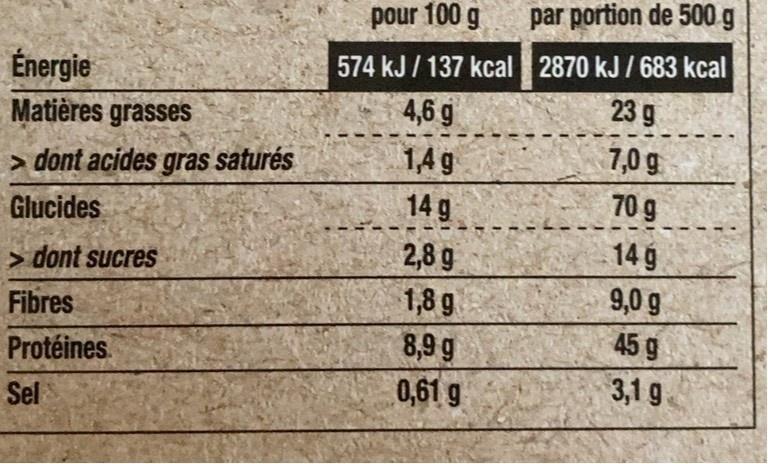
pour 100 g
par portion de 500 g
574 kJ / 137 kcal 2870 kJ / 683 kcal 23 9
Énergie
Matières grasses
4,6 g
1,4 g
7,0 g
> dont acides gras saturés
Glucides
14 g
70 g
2,8 g
14 g
> dont sucres
1,8 g
9,0 g
Fibres
45 g
8,9 g 0,61 g
Protéines.
3,1 g.
Sel